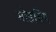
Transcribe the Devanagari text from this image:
मोडचिप